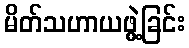
မိတ်သဟာယဖွဲ့ခြင်း